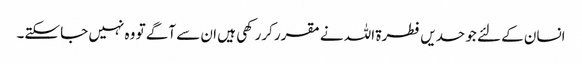
انسان کے لئے جو حدیں فطرۃ اللہ نے مقرر کررکھی ہیں ان سے آگے تو وہ نہیں جا سکتے۔